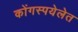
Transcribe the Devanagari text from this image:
कोंगस्पयेलेत